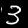
Label: 3